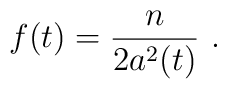
f(t)={n \over 2 a^2 (t)}\,\, .